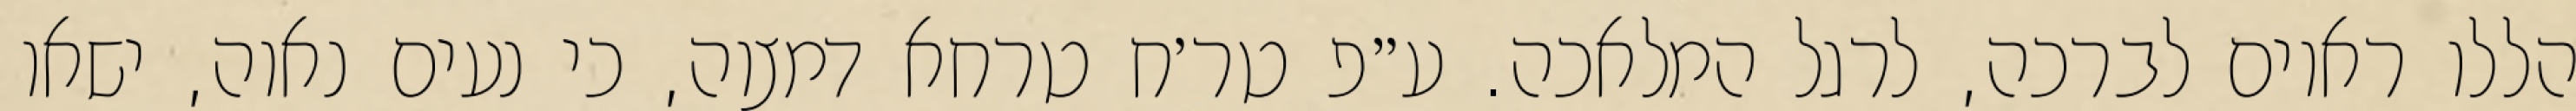
הללו ראוים לברכה, לרגל המלאכה. ע״פ טר׳ח טרחא דמצוה, כי נעים נאוה, ישאו